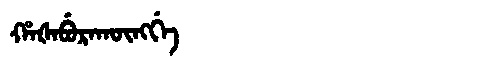
Manchu: ᡥᠠᡧᠠᠪᡠᡵᠠᡴᡡᠩᡤᡝ
Romanization: HAŠABURAKŪNGGE